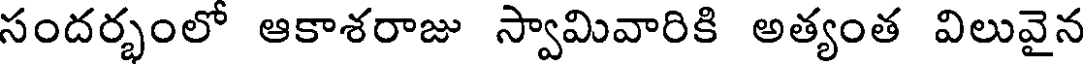
సందర్భంలో ఆకాశరాజు స్వామివారికి అత్యంత విలువైన